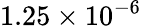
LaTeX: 1.25\times 10^{-6}